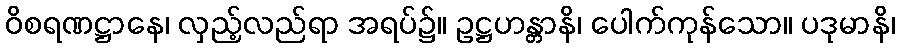
ဝိစရဏဋ္ဌာနေ၊ လှည့်လည်ရာ အရပ်၌။ ဥဋ္ဌဟန္တာနိ၊ ပေါက်ကုန်သော။ ပဒုမာနိ၊